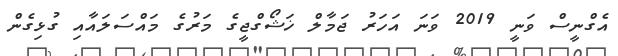
އެގްނީސް ވަނީ 2019 ވަނަ އަހަރު ޖަމާލް ޚަޝޯގްޖީގެ މަރުގެ މައްސަލައާއި ގުޅިގެން